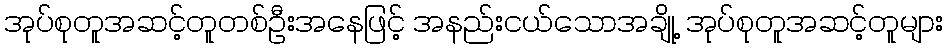
အုပ်စုတူအဆင့်တူတစ်ဦးအနေဖြင့် အနည်းငယ်သောအချို့ အုပ်စုတူအဆင့်တူများ